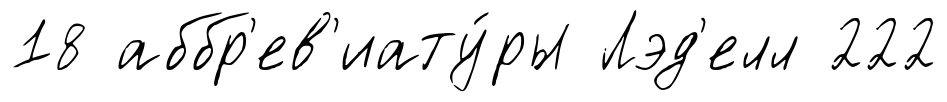
18 аббр'ев'иату́ры Лэд'елл 222